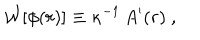
LaTeX: { \cal W } [ \phi ( r ) ] \equiv \kappa ^ { - 1 } \, A ^ { \prime } ( r ) \ ,